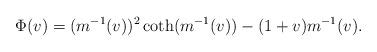
LaTeX: \begin{align*}\Phi(v) = (m^{-1}(v))^2\coth(m^{-1}(v)) - (1 + v)m^{-1}(v).\end{align*}